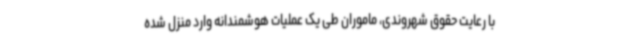
با رعایت حقوق شهروندی، ماموران طی یک عملیات هوشمندانه وارد منزل شده